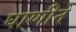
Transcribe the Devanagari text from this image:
घाणीने